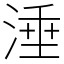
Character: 涶